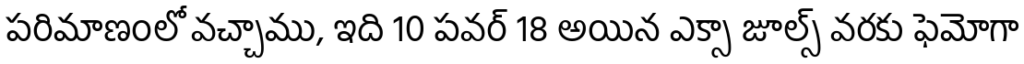
పరిమాణంలో వచ్చాము, ఇది 10 పవర్ 18 అయిన ఎక్సా జూల్స్ వరకు ఫెమోగా